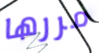
مررها